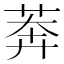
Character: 莾